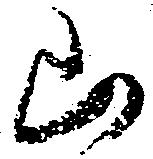
山